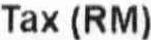
TAX (RM)